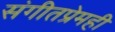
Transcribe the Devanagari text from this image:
संगीतप्रेमही